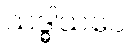
သဒ္ဓါယပေ